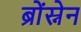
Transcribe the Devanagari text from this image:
ब्रोंस्नेन